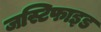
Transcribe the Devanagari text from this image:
जस्टिफाइड